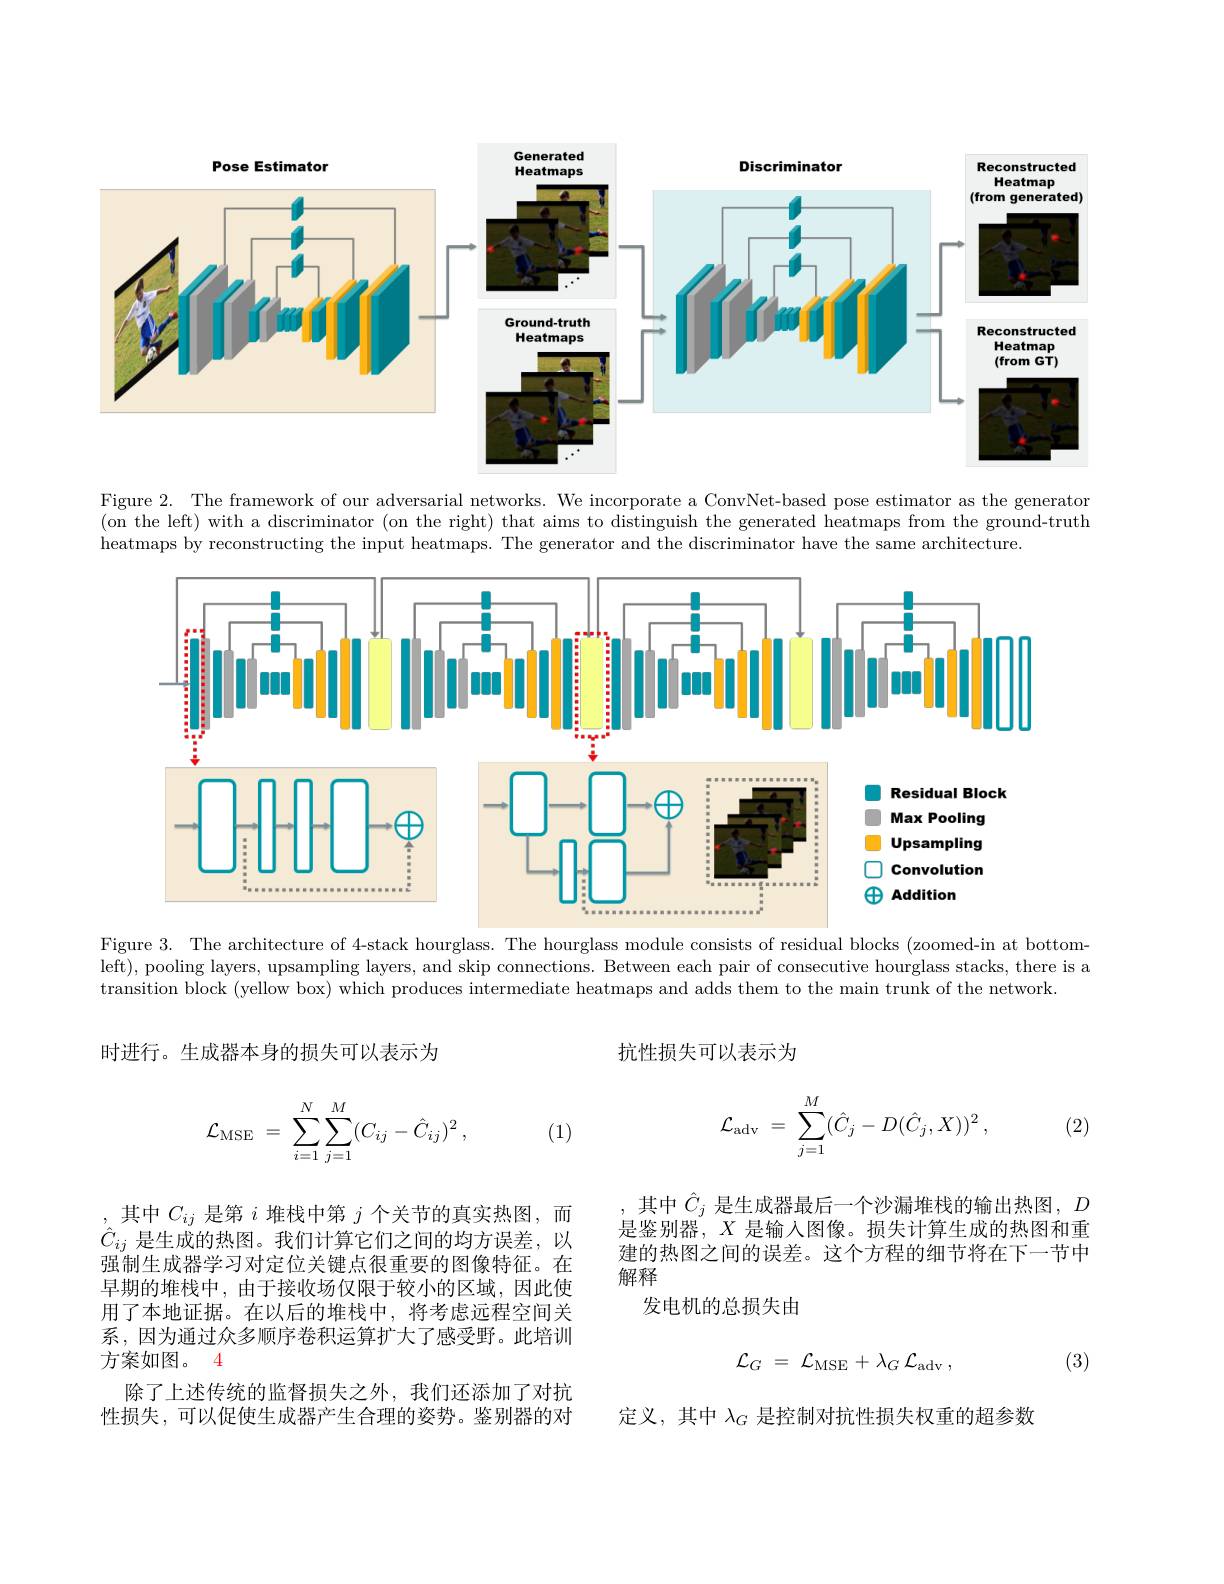
<FigureHere>

Figure 2. The framework of our adversarial networks. We incorporate a ConvNet-based pose estimator as the generator (on the left) with a discriminator (on the right) that aims to distinguish the generated heatmaps from the ground-truth heatmaps by reconstructing the input heatmaps. The generator and the discriminator have the same architecture

<FigureHere>

Figure 3. The architecture of 4-stack hourglass. The hourglass module consists of residual blocks (zoomed-in at bottomleft), pooling layers, upsampling layers, and skip connections. Between each pair of consecutive hourglass stacks, there is a transition block (yellow box) which produces intermediate heatmaps and adds them to the main trunk of the network.

抗性损失可以表示为

时进行。生成器本身的损失可以表示为
$$\mathcal{L}_{\mathrm{adv}}\:=\:\sum_{j=1}^{M}(\hat{C}_{j}-D(\hat{C}_{j},X))^{2}\:,$$
(2)
$$\mathcal{L}_{\mathrm{MSE}}\:=\:\sum_{i=1}^{N}\sum_{j=1}^{M}(C_{ij}-\hat{C}_{ij})^{2}\:,$$
(1)

其中$\hat{C}_j$是生成器最后一个沙漏堆栈的输出热图，$D$

是鉴别器，$X$是输入图像。损失计算生成的热图和重建的热图之间的误差。这个方程的细节将在下一节中解释
发电机的总损失由

,其中$C_ij$是第$i$堆栈中第$j$个关节的真实热图，而$\hat{C}_{ij}$是生成的热图。我们计算它们之间的均方误差，以强制生成器学习对定位关键点很重要的图像特征。在早期的堆栈中，由于接收场仅限于较小的区域，因此使用了本地证据。在以后的堆栈中，将考虑远程空间关系，因为通过众多顺序卷积运算扩大了感受野。此培训方案如图。4
除了上述传统的监督损失之外，我们还添加了对抗性损失，可以促使生成器产生合理的姿势。鉴别器的对
$$\mathcal{L}_{G}\:=\:\mathcal{L}_{\mathrm{MSE}}\:+\:\lambda_{G}\:\mathcal{L}_{\mathrm{adv}}\:,$$
(3)

定义，其中$\lambda_G$是控制对抗性损失权重的超参数